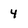
Character: 4